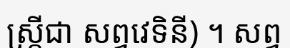
ស្ត្រីជា សព្វវេទិនី) ។ សព្វ